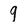
Character: 9